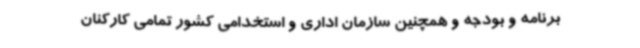
برنامه و بودجه و همچنین سازمان اداری و استخدامی کشور تمامی کارکنان